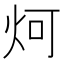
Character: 炣